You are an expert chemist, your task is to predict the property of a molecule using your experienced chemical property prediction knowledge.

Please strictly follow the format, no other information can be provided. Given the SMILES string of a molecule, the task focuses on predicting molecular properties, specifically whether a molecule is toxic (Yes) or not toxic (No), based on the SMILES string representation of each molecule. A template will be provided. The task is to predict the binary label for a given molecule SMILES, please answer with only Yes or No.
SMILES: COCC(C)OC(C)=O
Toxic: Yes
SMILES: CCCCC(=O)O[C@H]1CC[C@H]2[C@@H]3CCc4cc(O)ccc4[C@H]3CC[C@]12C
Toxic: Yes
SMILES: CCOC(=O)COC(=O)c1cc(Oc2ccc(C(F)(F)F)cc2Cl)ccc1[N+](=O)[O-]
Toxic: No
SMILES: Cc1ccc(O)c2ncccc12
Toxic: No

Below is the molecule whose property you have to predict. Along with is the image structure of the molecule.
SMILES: NC(=O)c1cccc([N+](=O)[O-])c1
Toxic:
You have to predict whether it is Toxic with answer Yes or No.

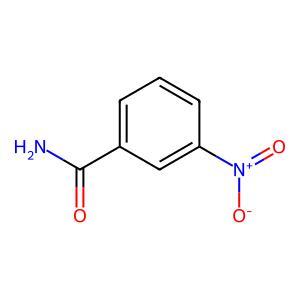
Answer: No